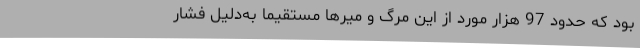
بود که حدود 97 هزار مورد از این مرگ و میرها مستقیماً به‌دلیل فشار